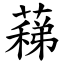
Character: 蕛